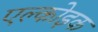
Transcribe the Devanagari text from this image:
एल्कोइक